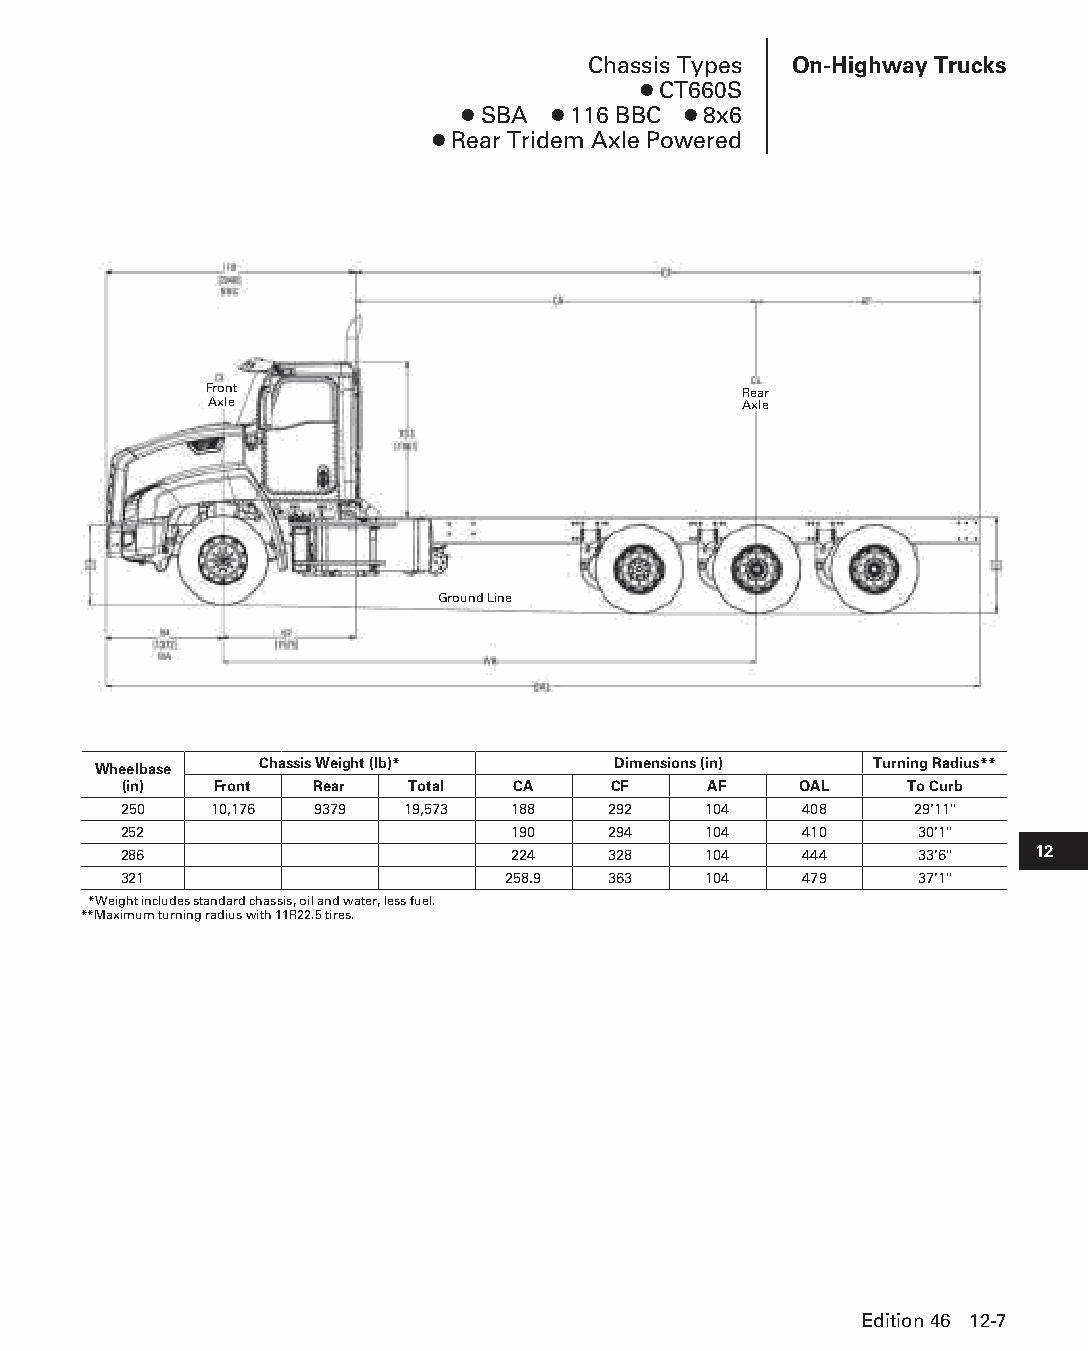
Chassis Types On-Highway Trucks
 ● CT660S
 ● SBA ● 116 BBC ● 8x6
 ● Rear Tridem Axle Powered
 Front                              Rear
 Axle                                Axle
 Ground Line
 Chassis Weight (lb)*   Dimensions (in)  Turning Radius**
 Wheelbase
 (in)   Front Rear  Total  CA     CF    AF    OAL    To Curb
 250   10,176 9379  19,573 188    292   104   408     29'11"
 252                       190    294   104   410     30'1"
 286                       224    328   104   444     33'6"   12
 321                       258.9  363   104   479     37'1"
 *Weight includes standard chassis, oil and water, less fuel.
 **Maximum turning radius with 11R22.5 tires.
 Edition 46 12-7
 PPHHBB--SSeecc1122--1166..iinndddd 77                          1122//44//1155 1100::4477 AAMM